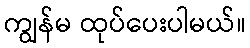
ကျွန်မ ထုပ်ပေးပါမယ်။